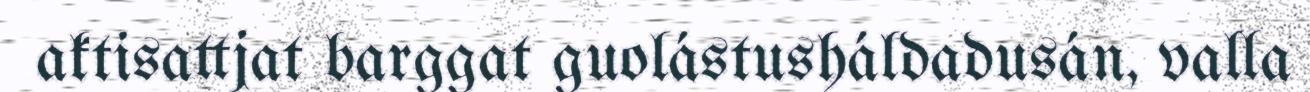
aktisattjat barggat guolástusháldadusán, valla